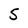
Character: 5